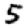
Digit: 5